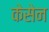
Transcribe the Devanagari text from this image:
केसेन